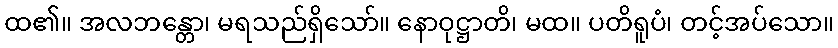
ထ၏။ အလဘန္တော၊ မရသည်ရှိသော်။ နောဝုဋ္ဌာတိ၊ မထ။ ပတိရူပံ၊ တင့်အပ်သော။